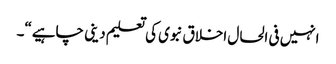
انہیں فی الحال اخلاق نبوی کی تعلیم دینی چاہیے“۔